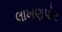
લાખણપોર